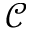
\mathcal { C }